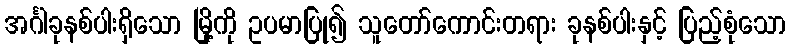
အင်္ဂါခုနစ်ပါးရှိသော မြို့ကို ဥပမာပြု၍ သူတော်ကောင်းတရား ခုနစ်ပါးနှင့် ပြည့်စုံသော